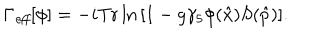
LaTeX: \Gamma _ { \mathit { e f f } } [ \phi ] = - i \mathrm { T r } \ln { \left[ 1 - g \gamma _ { 5 } \phi ( \hat { x } ) S ( \hat { p } ) \right] } .